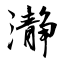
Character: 瀞